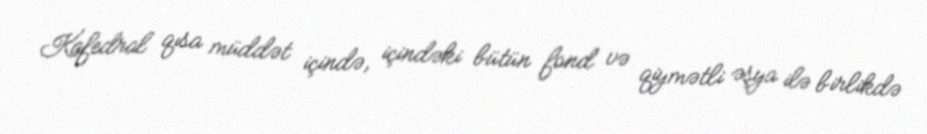
Kafedral qısa müddət içində, içindəki bütün fond və qiymətli əşya ilə birlikdə